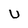
Character: U